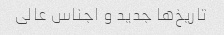
تاریخ‌ها جدید و اجناس عالی